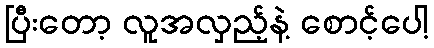
ပြီးတော့ လူအလှည့်နဲ့ စောင့်ပေါ့